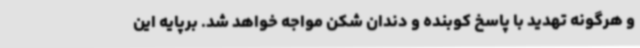
و هرگونه تهدید با پاسخ کوبنده و دندان شکن مواجه خواهد شد. برپایه این